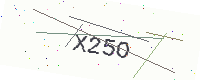
Text: X25O